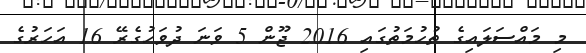
މި މައްސަލައިގެ ތުހުމަތުގައި 2016 ޖޫން 5 ވަނަ ދުވަހުގެރޭ 16 އަހަރުގެ